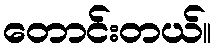
တောင်းတယ်။